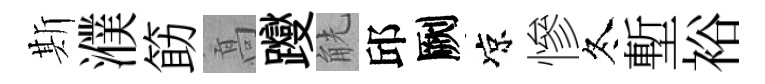
斯濮筯髙躞觥邱劂凉慘冬塹裕